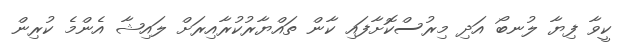
ކީވާ ފިޔާ ލުނބޯ އަދި މިރުސްކޮށާފައި ކާން ތައްޔާރުކުރާއިރަށް ލައިޝާ އެންމެ ކުރިން